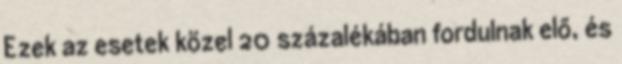
Ezek az esetek közel 20 százalékában fordulnak elő, és